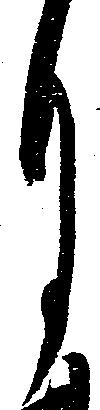
月